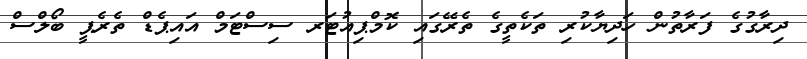
ދިރާގުގެ ފަރާތުން ހަދިޔާކުރި ތަކެތީގެ ތެރޭގައި ކޮމްޕިއުޓަރ ސިސްޓަމް އައިޕެޑް ތެރެޕީ ބޯލްސް